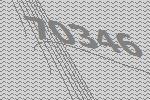
70346